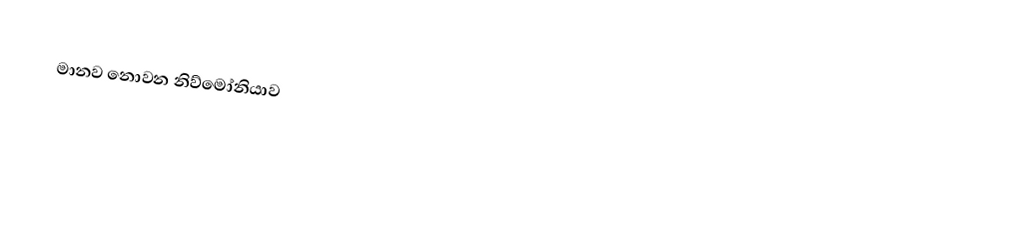
මානව නොවන නිව්මෝනියාව